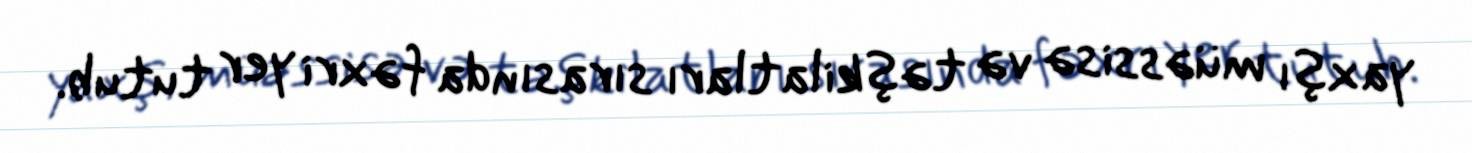
yaxşı müəssisə və təşkilatları sırasında fəxri yer tutub.